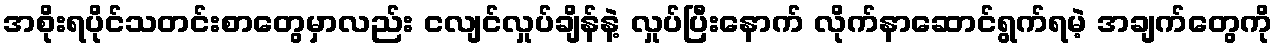
အစိုးရပိုင်သတင်းစာတွေမှာလည်း ငလျင်လှုပ်ချိန်နဲ့ လှုပ်ပြီးနောက် လိုက်နာဆောင်ရွက်ရမဲ့ အချက်တွေကို